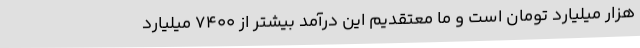
هزار میلیارد تومان است و ما معتقدیم این درآمد بیشتر از ۷۴۰۰ میلیارد